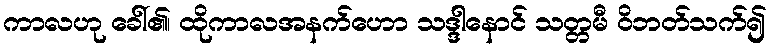
ကာလဟု ခေါ်၏၊ ထိုကာလအနက်ဟော သဒ္ဒါနောင် သတ္တမီ ဝိဘတ်သက်၍